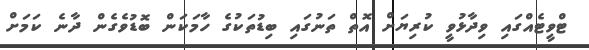
ޓްވީޓެއްގައި ވިދާޅުވީ ކުރިޔަށް އޮތް ތަނުގައި ބިޑުތަކުގެ ހާމަކަން ބޮޑުވެގެން ދާނެ ކަމަށް